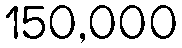
150,000